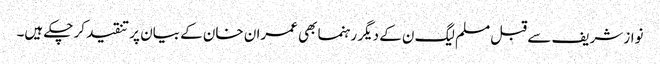
نواز شریف سے قبل مسلم لیگ ن کے دیگر رہنما بھی عمران خان کے بیان پر تنقید کر چکے ہیں۔